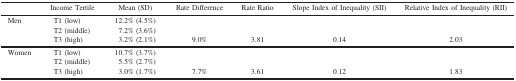
|  | Income Tertile | Mean (SD) | Rate Difference | Rate Ratio | Slope Index of Inequality (SII) | Relative Index of Inequality (RII) |
 | --- | --- | --- | --- | --- | --- | --- |
 | <ROWSPAN=3> Men | T1 (low) | 12.2% (4.5%) |  |  |  |  |
 | T2 (middle) | 7.2% (3.6%) |  |  |  |  |
 | T3 (high) | 3.2% (2.1%) | 9.0% | 3.81 | 0.14 | 2.03 |
 | <ROWSPAN=3> Women | T1 (low) | 10.7% (3.7%) |  |  |  |  |
 | T2 (middle) | 5.5% (2.7%) |  |  |  |  |
 | T3 (high) | 3.0% (1.7%) | 7.7% | 3.61 | 0.12 | 1.83 |